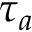
\tau _ { a }